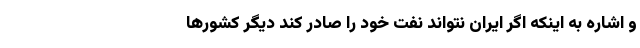
و اشاره به اینکه اگر ایران نتواند نفت خود را صادر کند دیگر کشورها